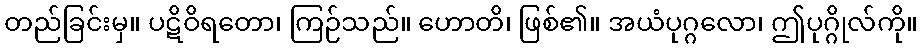
တည်ခြင်းမှ။ ပဋိဝိရတော၊ ကြဉ်သည်။ ဟောတိ၊ ဖြစ်၏။ အယံပုဂ္ဂလော၊ ဤပုဂ္ဂိုလ်ကို။